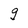
Character: g